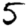
Digit: 5